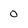
Character: 0